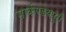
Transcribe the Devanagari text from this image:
मार्कण्डेयपुरी